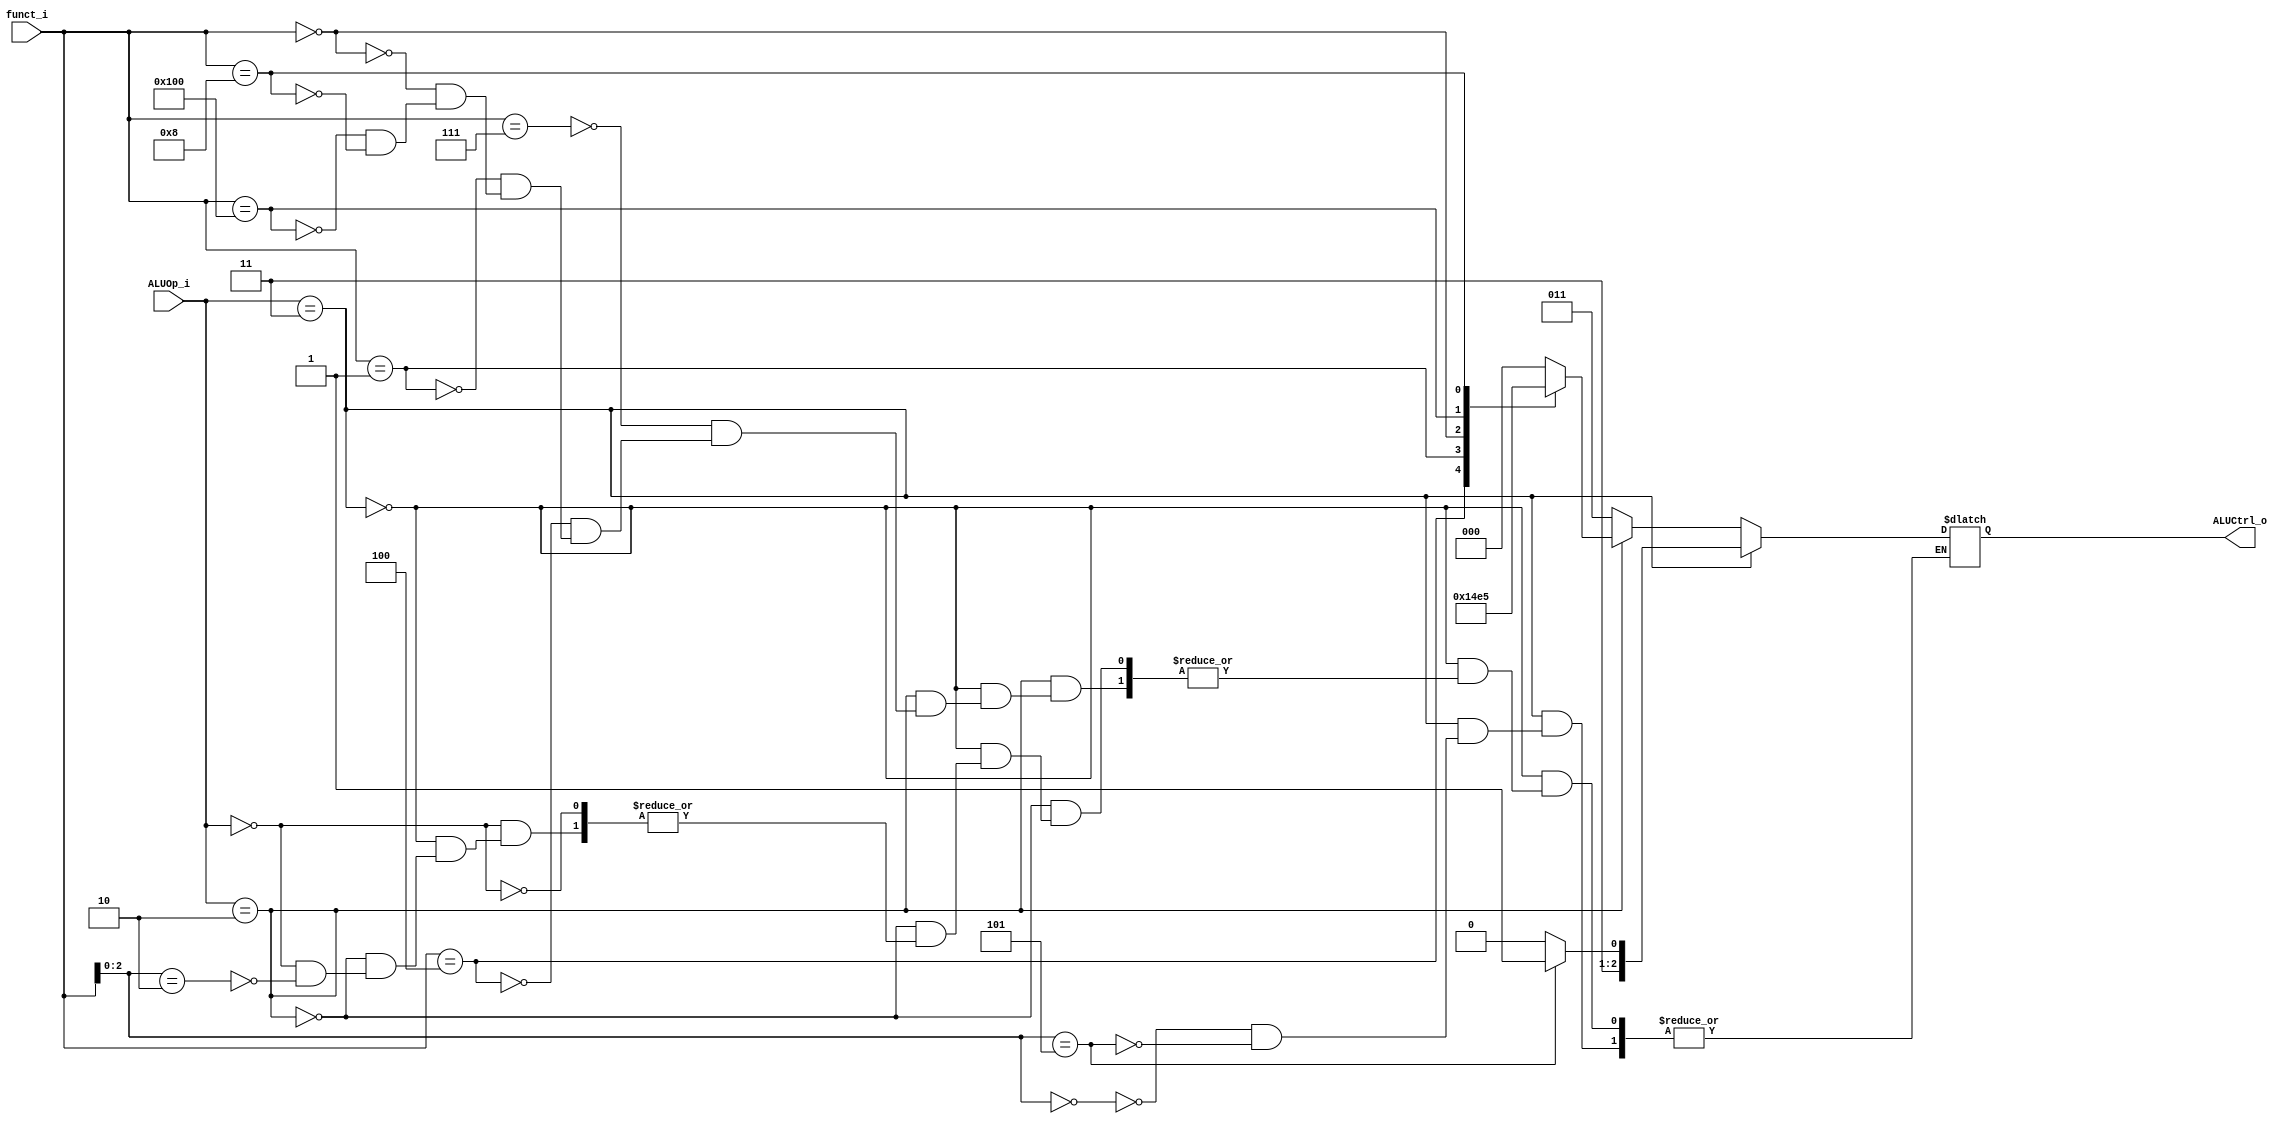
module ALU_Control
(
    funct_i,
    ALUOp_i,
    ALUCtrl_o
);

`define AND  10'b0000000_111
`define XOR  10'b0000000_100
`define sll  10'b0000000_001
`define add  10'b0000000_000
`define sub  10'b0100000_000
`define mul  10'b0000001_000
`define addi  3'b000
`define srai  3'b101
`define lw    3'b010
`define sw    3'b010

// Interface
input   [9:0]      funct_i;
input   [1:0]      ALUOp_i;
output  [2:0]      ALUCtrl_o;

reg     [2:0]      ALUCtrl_o;

// Control
always @(*) begin
    if(ALUOp_i == 2'b11) begin
        case(funct_i[2:0])
            `addi: ALUCtrl_o = 6;
            `srai: ALUCtrl_o = 7;
        endcase
    end
    else if(ALUOp_i == 2'b10) begin
        case(funct_i)
            `AND: ALUCtrl_o = 0;
            `XOR: ALUCtrl_o = 1;
            `sll: ALUCtrl_o = 2;
            `add: ALUCtrl_o = 3;
            `sub: ALUCtrl_o = 4;
            `mul: ALUCtrl_o = 5;
        endcase
    end
    else if(ALUOp_i == 2'b00) begin
        case(funct_i[2:0])
            `lw: ALUCtrl_o = 3;
            `sw: ALUCtrl_o = 3;
        endcase
    end
end

endmodule